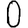
Digit: 0